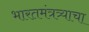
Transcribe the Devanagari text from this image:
भारतमंत्रत्र्याचा